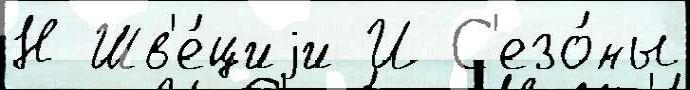
Н Шв'е́циjи И С'езо́ны